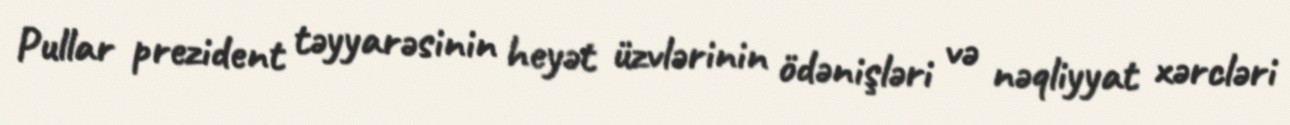
Pullar prezident təyyarəsinin heyət üzvlərinin ödənişləri və nəqliyyat xərcləri